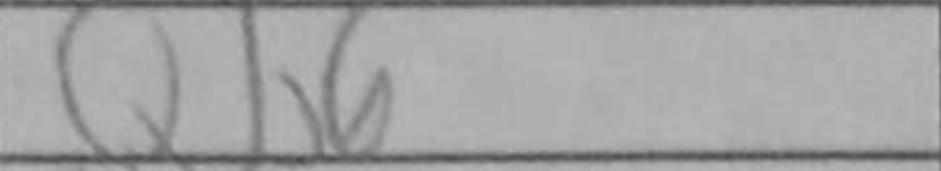
Transcription: Qh6